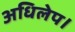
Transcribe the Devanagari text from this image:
अधिलेप।